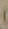
)